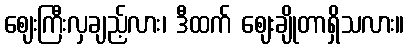
ဈေးကြီးလှချည့်လား၊ ဒီထက် ဈေးချိုတာရှိသလား။